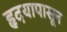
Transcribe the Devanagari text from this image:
हृदयापासून